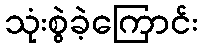
သုံးစွဲခဲ့ကြောင်း